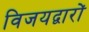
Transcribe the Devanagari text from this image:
विजयद्वारों